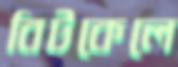
বিটকেলে